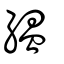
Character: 縕